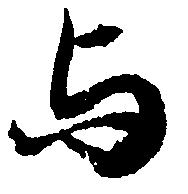
与